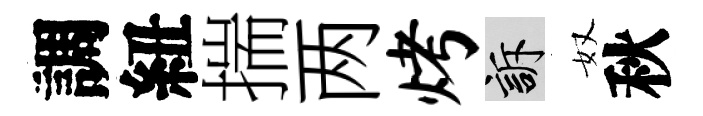
調紐揣两烤訴奴秋